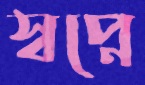
স্বপ্নে